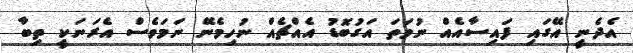
އެދެނީ އޭގައި ފައިސާއެއް ނުވަތަ އަގުބޮޑު އެއްޗެއް ނުހިމެނޭ ނަމަވެސް އެރަނަކީ ތިބާ